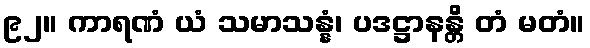
၉၂။ ကာရဏံ ယံ သမာသန္နံ၊ ပဒဋ္ဌာနန္တိ တံ မတံ။